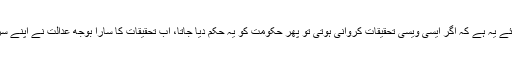
لیکن دوسری رائے یہ ہے کہ اگر ایسی ویسی تحقیقات کروانی ہوتی تو پھر حکومت کو یہ حکم دیا جاتا، اب تحقیقات کا سارا بوجھ عدالت نے اپنے سر پر لے لیا ہے۔